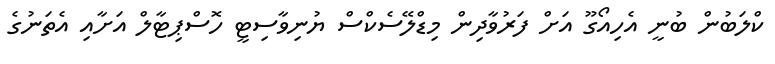
ކްލަބުން ބުނީ އެހިއޯގޫ އަށް ފަރުވާދިން މިޑްލޭސެކްސް ޔުނިވާސިޓީ ހޮސްޕިޓާލް އަށާއި އެތަނުގެ